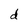
Character: d